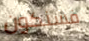
فسنكون